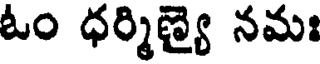
ఓం ధర్మిణ్యై నమః